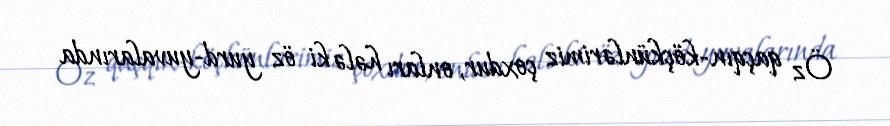
Öz qaçqın-köçkünlərimiz çoxdur, onları hələ ki öz yurd-yuvalarında